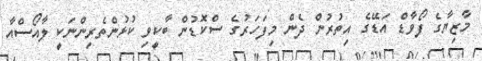
މާޒިޔާގެ ފޯވާޑް އަޑޭގެ އިތުރުން ދެން މިފަހަރުގެ ސްކޮޑުން ބާކީވި ކުޅުންތެރިންނަކީ ލާއޯސްއާ